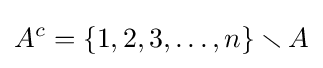
A^{c}=\{1,2,3,\dots ,n\}\smallsetminus A